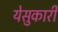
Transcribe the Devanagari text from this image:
येसुकारी